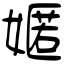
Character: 嫟